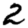
Digit: 2